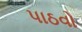
પાઠવો